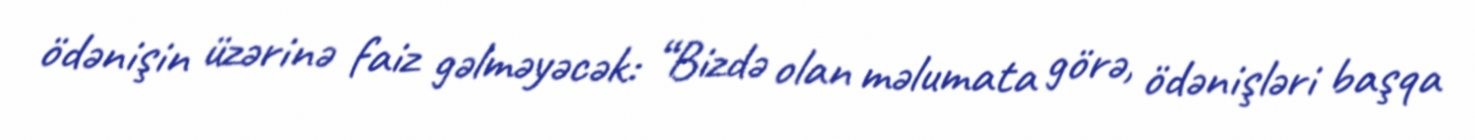
ödənişin üzərinə faiz gəlməyəcək: “Bizdə olan məlumata görə, ödənişləri başqa